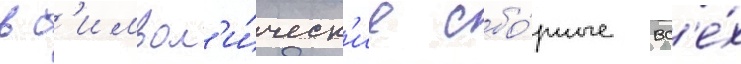
в с'имвол'и́ческ'ие сбо́рные вс'е́х